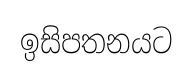
ඉසිපතනයට